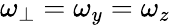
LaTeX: \omega_{\perp}=\omega_{y}=\omega_{z}